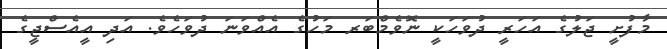
މާފުށީ ޖަލުގެ އަހަރީ ދުވަހަކީ ނޮވެމްބަރ މަހުގެ އެއްވަނަ ދުވަހެވެ. އަދި އީއެސްޖީގެ